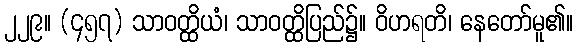
၂၂၉။ (၄၅၇) သာဝတ္ထိယံ၊ သာဝတ္ထိပြည်၌။ ဝိဟရတိ၊ နေတော်မူ၏။